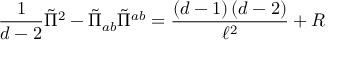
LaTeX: \frac { 1 } { d - 2 } \tilde { \Pi } ^ { 2 } - \tilde { \Pi } _ { a b } \tilde { \Pi } ^ { a b } = \frac { \left( d - 1 \right) \left( d - 2 \right) } { \ell ^ { 2 } } + R